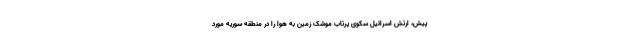
پیش، ارتش اسرائیل سکوی پرتاب موشک زمین به هوا را در منطقه سوریه مورد